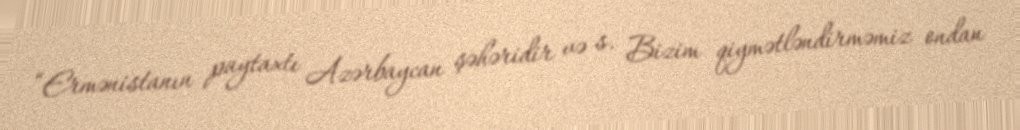
“Ermənistanın paytaxtı Azərbaycan şəhəridir və s. Bizim qiymətləndirməmiz ondan